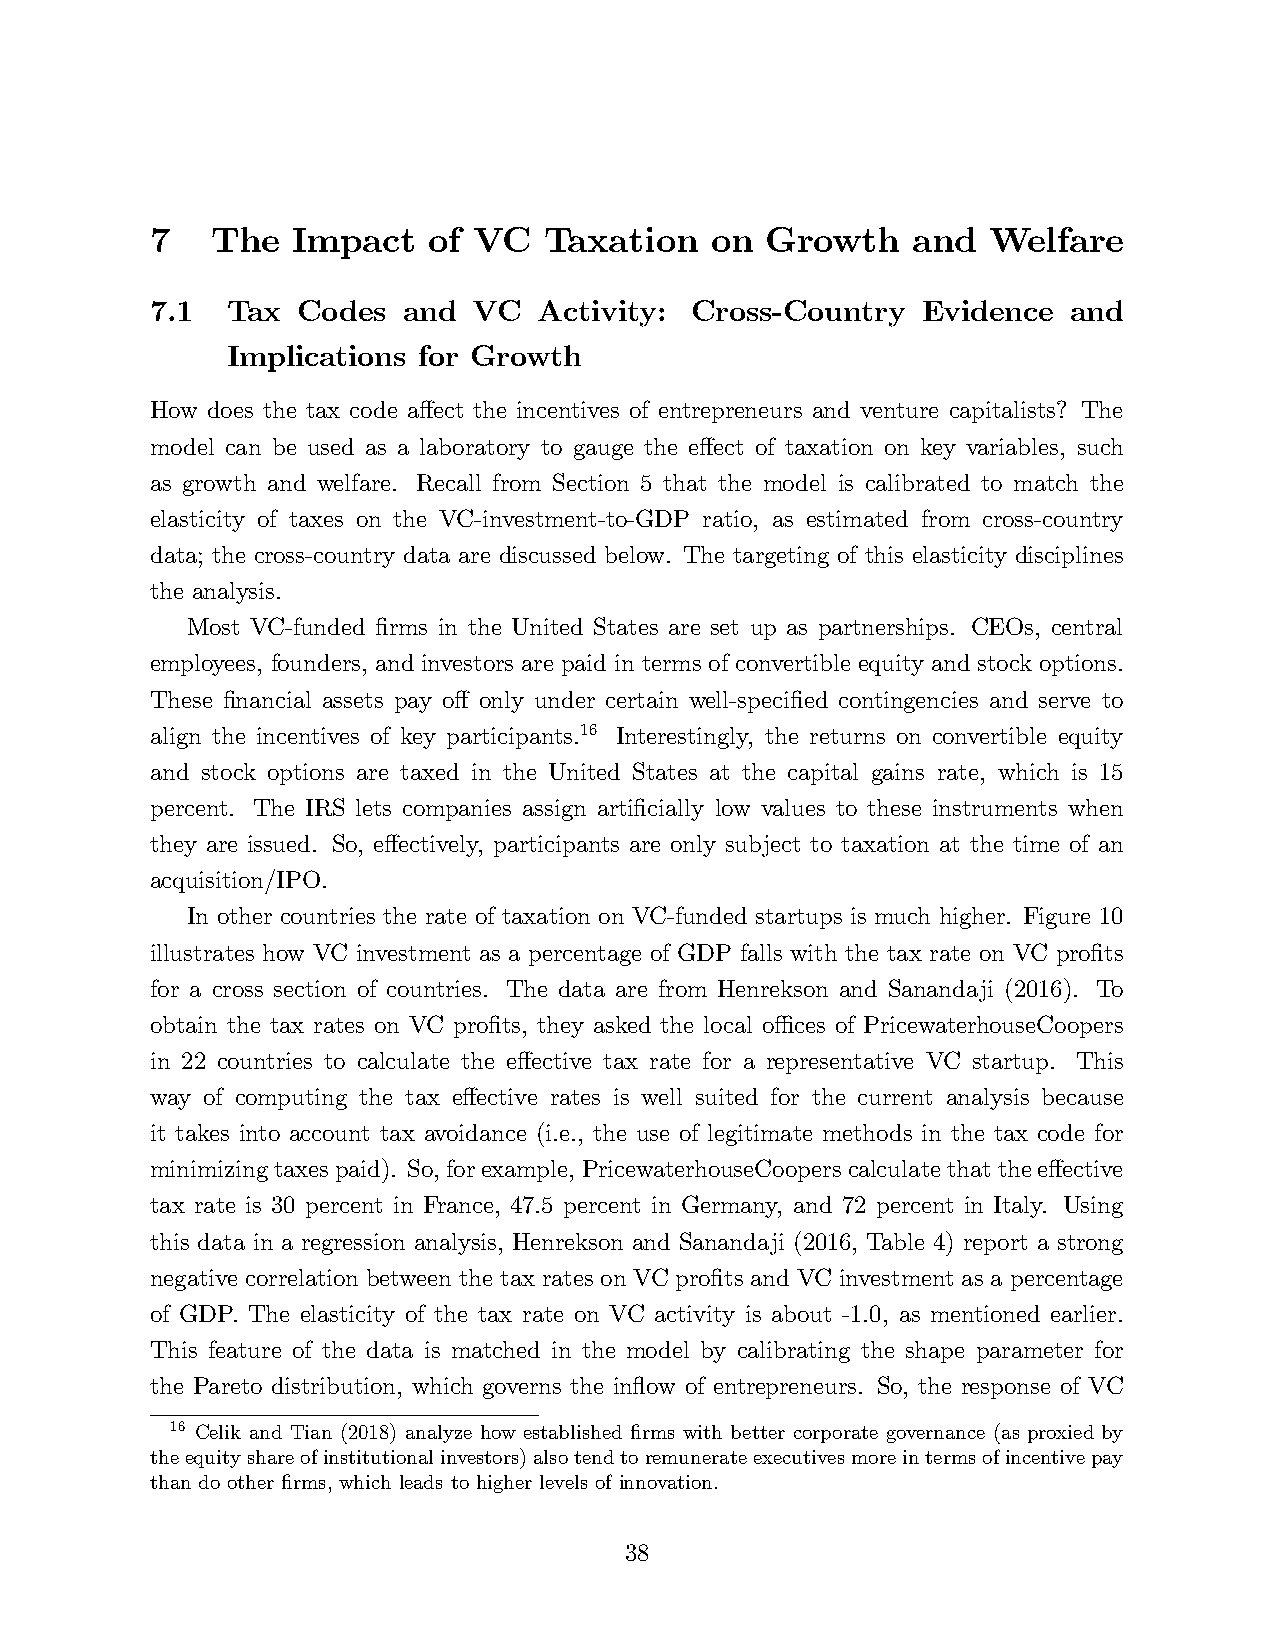
7   The  Impact   of VC   Taxation   on  Growth   and  Welfare
 7.1  Tax  Codes  and VC   Activity: Cross-Country  Evidence  and
 Implications for Growth
 How does the tax code affect the incentives of entrepreneurs and venture capitalists? The
 model can be used as a laboratory to gauge the effect of taxation on key variables, such
 as growth and welfare. Recall from Section 5 that the model is calibrated to match the
 elasticity of taxes on the VC-investment-to-GDP ratio, as estimated from cross-country
 data; the cross-country data are discussed below. The targeting of this elasticity disciplines
 the analysis.
 Most VC-funded firms in the United States are set up as partnerships. CEOs, central
 employees, founders, and investors are paid in terms of convertible equity and stock options.
 These financial assets pay off only under certain well-specified contingencies and serve to
 align the incentives of key participants.16 Interestingly, the returns on convertible equity
 and stock options are taxed in the United States at the capital gains rate, which is 15
 percent. The IRS lets companies assign artificially low values to these instruments when
 they are issued. So, effectively, participants are only subject to taxation at the time of an
 acquisition/IPO.
 In other countries the rate of taxation on VC-funded startups is much higher. Figure 10
 illustrates how VC investment as a percentage of GDP falls with the tax rate on VC profits
 for a cross section of countries. The data are from Henrekson and Sanandaji (2016). To
 obtain the tax rates on VC profits, they asked the local offi ces of PricewaterhouseCoopers
 in 22 countries to calculate the effective tax rate for a representative VC startup. This
 way of computing the tax effective rates is well suited for the current analysis because
 it takes into account tax avoidance (i.e., the use of legitimate methods in the tax code for
 minimizing taxes paid). So, for example, PricewaterhouseCoopers calculate that the effective
 tax rate is 30 percent in France, 47.5 percent in Germany, and 72 percent in Italy. Using
 this data in a regression analysis, Henrekson and Sanandaji (2016, Table 4) report a strong
 negative correlation between the tax rates on VC profits and VC investment as a percentage
 of GDP. The elasticity of the tax rate on VC activity is about -1.0, as mentioned earlier.
 This feature of the data is matched in the model by calibrating the shape parameter for
 the Pareto distribution, which governs the inflow of entrepreneurs. So, the response of VC
 16 Celik and Tian (2018) analyze how established firms with better corporate governance (as proxied by
 the equity share of institutional investors) also tend to remunerate executives more in terms of incentive pay
 than do other firms, which leads to higher levels of innovation.
 38